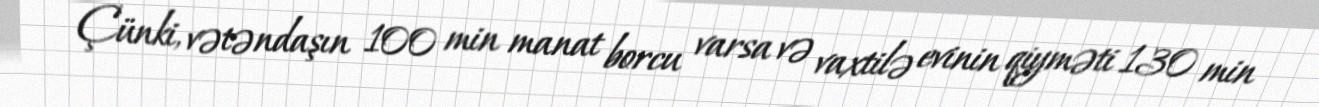
Çünki, vətəndaşın 100 min manat borcu varsa və vaxtilə evinin qiyməti 130 min